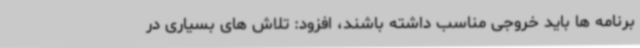
برنامه ها باید خروجی مناسب داشته باشند، افزود: تلاش های بسیاری در